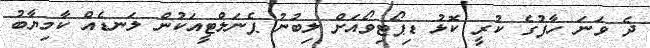
ދެ ވަނަ ހާފުގެ ކުރީ ކޮޅު ޑިޕޯޓިވޯއަށް ލިބުނު ޕެނަލްޓީއަކުން ލަނޑެއް ކާމިޔާބު